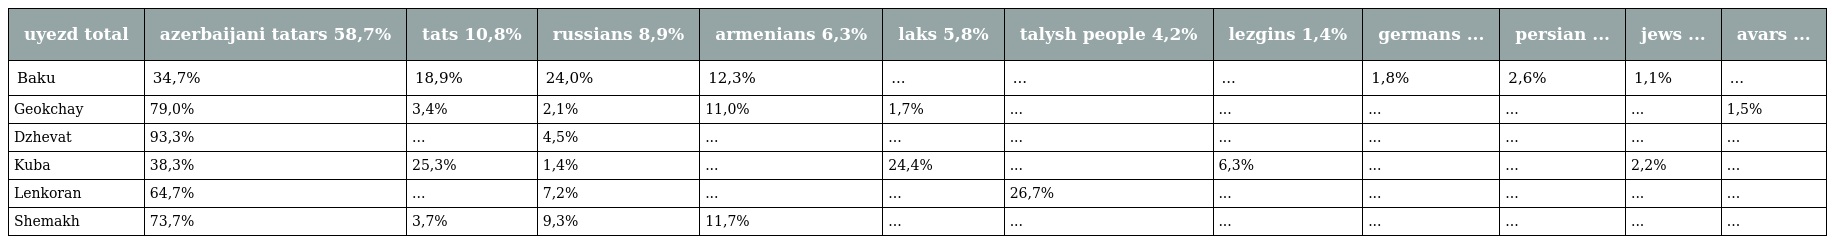
| uyezd total | azerbaijani tatars 58,7% | tats 10,8% | russians 8,9% | armenians 6,3% | laks 5,8% | talysh people 4,2% | lezgins 1,4% | germans ... | persian ... | jews ... | avars ... |
 | --- | --- | --- | --- | --- | --- | --- | --- | --- | --- | --- | --- |
 | Baku | 34,7% | 18,9% | 24,0% | 12,3% | ... | ... | ... | 1,8% | 2,6% | 1,1% | ... |
 | Geokchay | 79,0% | 3,4% | 2,1% | 11,0% | 1,7% | ... | ... | ... | ... | ... | 1,5% |
 | Dzhevat | 93,3% | ... | 4,5% | ... | ... | ... | ... | ... | ... | ... | ... |
 | Kuba | 38,3% | 25,3% | 1,4% | ... | 24,4% | ... | 6,3% | ... | ... | 2,2% | ... |
 | Lenkoran | 64,7% | ... | 7,2% | ... | ... | 26,7% | ... | ... | ... | ... | ... |
 | Shemakh | 73,7% | 3,7% | 9,3% | 11,7% | ... | ... | ... | ... | ... | ... | ... |